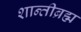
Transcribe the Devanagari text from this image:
शान्तीब्रह्म